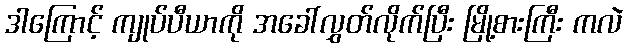
ဒါကြောင့် ကျုပ်ပီယာကို အခေါ်လွှတ်လိုက်ပြီး မြို့စားကြီး ကလဲ